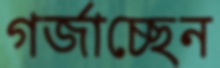
গর্জাচ্ছেন